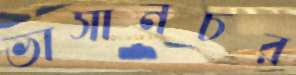
ভাসানচর